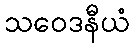
သဝေဒနီယံ